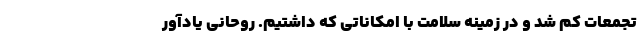
تجمعات کم شد و در زمینه سلامت با امکاناتی که داشتیم. روحانی یادآور